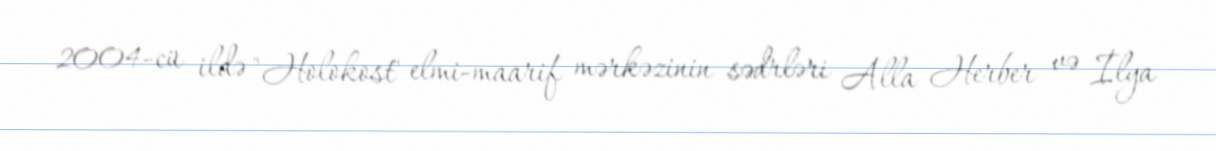
2004-cü ildə "Holokost" elmi-maarif mərkəzinin sədrləri Alla Herber və İlya